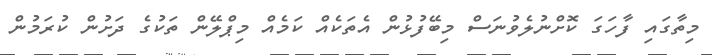
މިތާގައި ފާހަގަ ކޮށްނުލެވުނަސް މިބޭފުޅުން އެތަކެއް ކަމެއް މިޕްލޭން ތަކުގެ ދަށުން ކުރަމުން